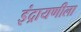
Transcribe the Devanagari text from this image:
इंद्रायणीला